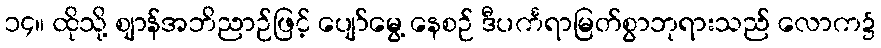
၁၄။ ထိုသို့ ဈာန်အဘိညာဉ်ဖြင့် ပျော်မွေ့ နေစဉ် ဒီပင်္ကရာမြတ်စွာဘုရားသည် လောက၌